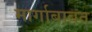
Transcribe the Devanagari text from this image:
मार्गाबाबत